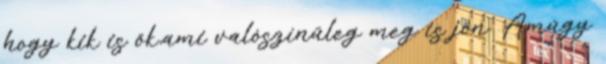
hogy kik is ők,ami valószínűleg meg is jön. Amúgy